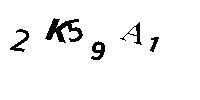
2K59A1